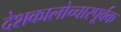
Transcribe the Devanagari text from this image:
देशकालोच्चारपूर्वक